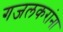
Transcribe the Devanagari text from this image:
गजलकरांना